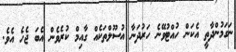
ނަގަމުންދާތީ އެކަން ހުއްޓުވޭނެ ހަރުދަނާ އުސޫލްތަކެއް ގާއިމް ކުރެވެން އެބަ ޖެހެ އެވެ.